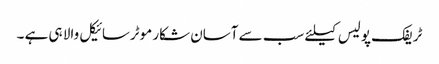
ٹریفک پولیس کیلئے سب سے آسان شکار موٹرسائیکل والا ہی ہے ۔